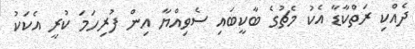
ދެއްކި ރަތްކާޑާ އެކު މެޗުގެ ބާކީބައި ސެވިއްޔާ އިން ފުރިހަމަ ކުރީ އެކަކު